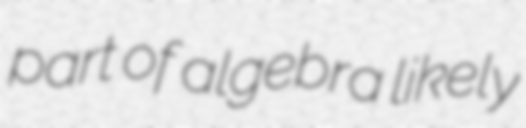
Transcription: part of algebra likely